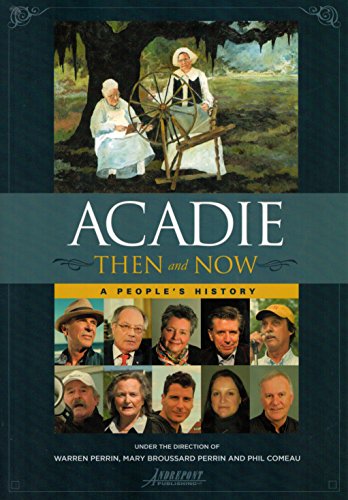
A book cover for Acadie Then and Now: A People's History; Warren A. Perrin; History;